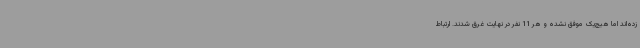
زده‌اند اما هیچ‌یک موفق نشده و هر 11 نفر در نهایت غرق شدند. ارتباط